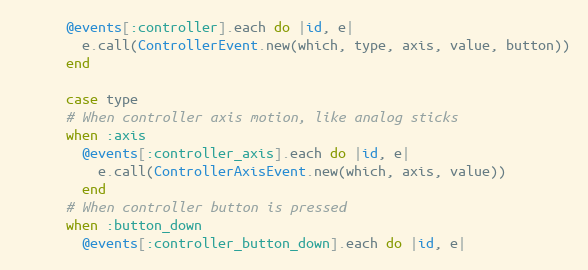
Language: Ruby
      @events[:controller].each do |id, e|
        e.call(ControllerEvent.new(which, type, axis, value, button))
      end

      case type
      # When controller axis motion, like analog sticks
      when :axis
        @events[:controller_axis].each do |id, e|
          e.call(ControllerAxisEvent.new(which, axis, value))
        end
      # When controller button is pressed
      when :button_down
        @events[:controller_button_down].each do |id, e|